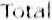
TOTAL